Indian journal of veterinary science and animal husbandry - Volume 11,
Year: 1941
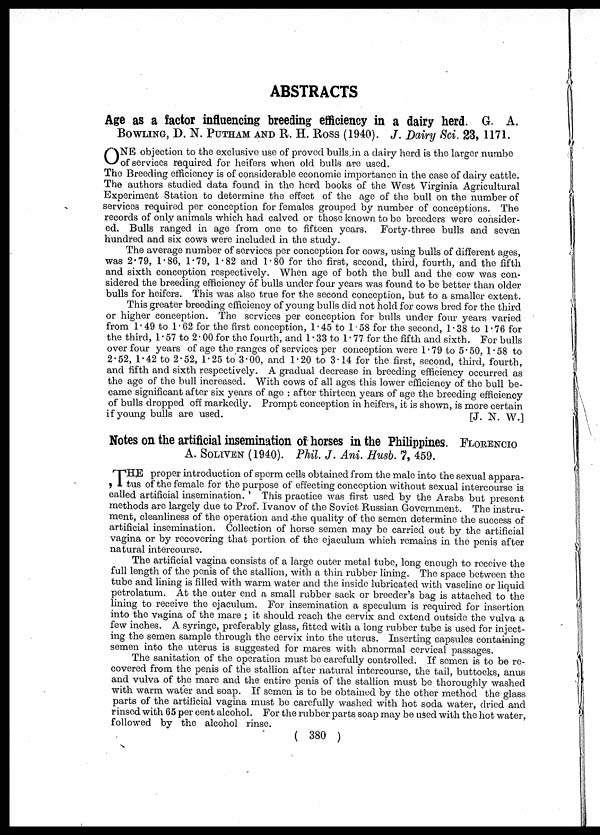
ABSTRACTS
Age as a factor influencing breeding efficiency in a dairy herd. G. A.
BOWLING, D. N. PUTHAM AND R. H. ROSS (1940). J. Dairy Sci. 23, 1171.
O NE objection to the exclusive use of proved bulls in a dairy herd is the larger numbe
of services required for heifers when old bulls are used.
The Breeding efficiency is of considerable economic importance in the case of dairy cattle.
The authors studied data found in the herd books of the West Virginia Agricultural
Experiment Station to determine the effect of the age of the bull on the number of
services required per conception for females grouped by number of conceptions. The
records of only animals which had calved or those known to be breeders were consider-
ed. Bulls ranged in age from one to fifteen years. Forty-three bulls and seven
hundred and six cows were included in the study.
The average number of services per conception for cows, using bulls of different ages,
was 2.79, 1.86, 1.79, 1.82 and 1.80 for the first, second, third, fourth, and the fifth
and sixth conception respectively. When age of both the bull and the cow was con-
sidered the breeding efficiency of bulls under four years was found to be better than older
bulls for heifers. This was also true for the second conception, but to a smaller extent.
This greater breeding efficiency of young bulls did not hold for cows bred for the third
or higher conception. The services per conception for bulls under four years varied
from 1.49 to 1.62 for the first conception, 1.45 to 1.58 for the second, 1 . 38 to 1.76 for
the third, 1. 57 to 2 .00 for the fourth, and 1.33 to 1.77 for the fifth and sixth. For bulls
over four years of age the ranges of services per conception were 1. 79 to 5 .50, 1 * 58 to
2.52, 1.42 to 2.52, 1.25 to 3.00, and 1.20 to 3.14 for the first, second, third, fourth,
and fifth and sixth respectively. A gradual decrease in breeding efficiency occurred as
the age of the bull increased. With cows of all ages this lower efficiency of the bull be-
came significant after six years of age : after thirteen years of age the breeding efficiency
of bulls dropped off markedly. Prompt conception in heifers, it is shown, is more certain
if young bulls are used.
[J. N. W.]
Notes on the artificial insemination of horses in the Philippines. FLORENCIO
A. SOLIVEN (1940). Phil. J. Ani. Husb. 7, 459.
T HE proper introduction of sperm cells obtained from the male into the sexual appara-
tus of the female for the purpose of effecting conception without sexual intercourse is
called artificial insemination. ' This practice was first used by the Arabs but present
methods are largely due to Prof. Ivanov of the Soviet Russian Government. The instru-
ment, cleanliness of the operation and -the quality of the semen determine the success of
artificial insemination. Collection of horse semen may be carried out by the artificial
vagina or by recovering that portion of the ejaeulum which remains in the penis after
natural intercourse.
The artificial vagina consists of a large outer metal tube, long enough to receive the
full length of the penis of the stallion, with a thin rubber lining. The space between the
tube and lining is filled with warm water and the inside lubricated with vaseline or liquid
petrolatum. At the outer end a small rubber sack or breeder's bag is attached to the
lining to receive the ejaculum. For insemination a speculum is required for insertion
into the vagina of the mare ; it should reach the cervix and extend outside the vulva a
few inches. A syringe, preferably glass, fitted with a long rubber tube is used for inject-
ing the semen sample through the cervix into the uterus. Inserting capsules containing
semen into the uterus is suggested for mares with abnormal cervical passages.
The sanitation of the operation must be carefully controlled. If semen is to be re-
covered from the penis of the stallion after natural intercourse, the tail, buttocks, anus
and vulva of the mare and the entire penis of the stallion must be thoroughly washed
with warm water and soap. If semen is to be obtained by the other method the glass
parts of the artificial vagina must be carefully washed with hot soda water, dried and
rinsed with 65 per cent alcohol. For the rubber parts soap may be used with the hot water,
followed by the alcohol rinse.
(380 )